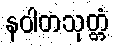
နဝါတသုတ္တံ